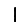
Digit: 1